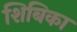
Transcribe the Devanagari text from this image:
शिबिका